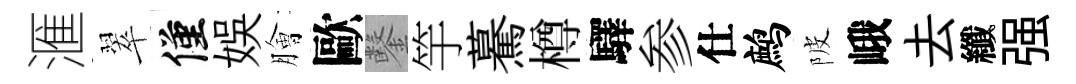
滙翠僅娱膾歐鑿竽驀樽驛参仕鹧陂峨去纖强